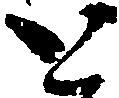
と